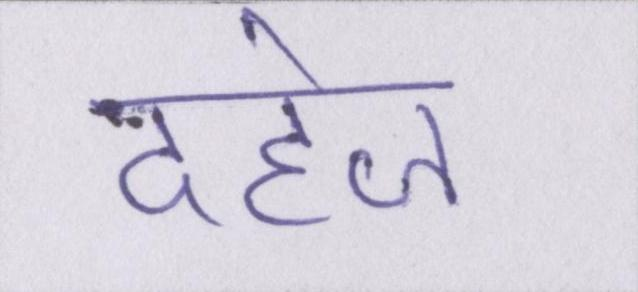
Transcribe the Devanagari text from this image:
दहेज